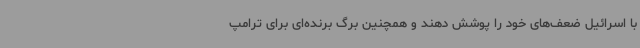
با اسرائیل ضعف‌های خود را پوشش دهند و همچنین برگ برنده‌ای برای ترامپ